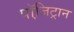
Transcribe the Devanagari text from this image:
पॉजि़ट्रान